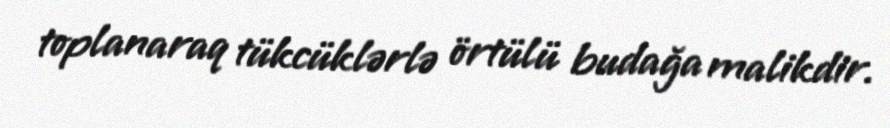
toplanaraq tükcüklərlə örtülü budağa malikdir.